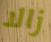
زالا